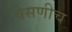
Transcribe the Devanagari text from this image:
वेसणीच